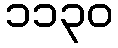
၁၁၃၀